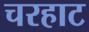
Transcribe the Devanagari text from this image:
चरहाट